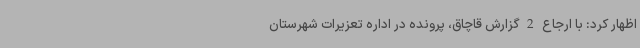
اظهار کرد: با ارجاع 2 گزارش قاچاق، پرونده در اداره تعزیرات شهرستان